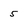
Character: 5